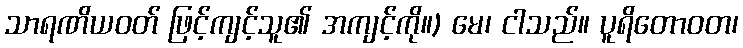
သာရဏိယဝတ် ဖြင့်ကျင့်သူ၏ အကျင့်ကို။) မေ၊ ငါသည်။ ပူရိတောဝတ၊